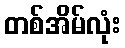
တစ်အိမ်လုံး